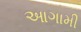
આગામી